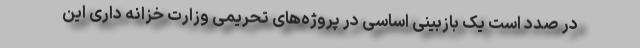
در صدد است یک بازبینی اساسی در پروژه‌های تحریمی وزارت خزانه داری این